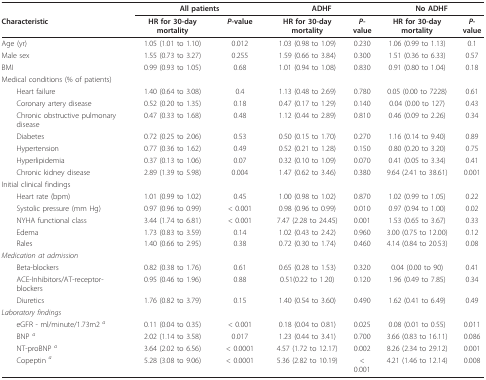
<table><thead><tr><td>[EMPTY_CELL]</td><td colspan="2"><b>All patients</b></td><td colspan="2"><b>ADHF</b></td><td colspan="2"><b>No ADHF</b></td></tr><tr><td><b>Characteristic</b></td><td><b>HR for 30-day mortality</b></td><td><b><i>P</i>-value</b></td><td><b>HR for 30-day mortality</b></td><td><b><i>P</i>-value</b></td><td><b>HR for 30-day mortality</b></td><td><b><i>P</i>-value</b></td></tr></thead><tbody><tr><td>Age (yr)</td><td>1.05 (1.01 to 1.10)</td><td>0.012</td><td>1.03 (0.98 to 1.09)</td><td>0.230</td><td>1.06 (0.99 to 1.13)</td><td>0.1</td></tr><tr><td>Male sex</td><td>1.55 (0.73 to 3.27)</td><td>0.255</td><td>1.59 (0.66 to 3.84)</td><td>0.300</td><td>1.51 (0.36 to 6.33)</td><td>0.57</td></tr><tr><td>BMI</td><td>0.99 (0.93 to 1.05)</td><td>0.68</td><td>1.01 (0.94 to 1.08)</td><td>0.830</td><td>0.91 (0.80 to 1.04)</td><td>0.18</td></tr><tr><td>Medical conditions (% of patients)</td><td>[EMPTY_CELL]</td><td>[EMPTY_CELL]</td><td>[EMPTY_CELL]</td><td>[EMPTY_CELL]</td><td>[EMPTY_CELL]</td><td>[EMPTY_CELL]</td></tr><tr><td> Heart failure</td><td>1.40 (0.64 to 3.08)</td><td>0.4</td><td>1.13 (0.48 to 2.69)</td><td>0.780</td><td>0.05 (0.00 to 7228)</td><td>0.61</td></tr><tr><td> Coronary artery disease</td><td>0.52 (0.20 to 1.35)</td><td>0.18</td><td>0.47 (0.17 to 1.29)</td><td>0.140</td><td>0.04 (0.00 to 127)</td><td>0.43</td></tr><tr><td> Chronic obstructive pulmonary disease</td><td>0.47 (0.33 to 1.68)</td><td>0.48</td><td>1.12 (0.44 to 2.89)</td><td>0.810</td><td>0.46 (0.09 to 2.26)</td><td>0.34</td></tr><tr><td> Diabetes</td><td>0.72 (0.25 to 2.06)</td><td>0.53</td><td>0.50 (0.15 to 1.70)</td><td>0.270</td><td>1.16 (0.14 to 9.40)</td><td>0.89</td></tr><tr><td> Hypertension</td><td>0.77 (0.36 to 1.62)</td><td>0.49</td><td>0.52 (0.21 to 1.28)</td><td>0.150</td><td>0.80 (0.20 to 3.20)</td><td>0.75</td></tr><tr><td> Hyperlipidemia</td><td>0.37 (0.13 to 1.06)</td><td>0.07</td><td>0.32 (0.10 to 1.09)</td><td>0.070</td><td>0.41 (0.05 to 3.34)</td><td>0.41</td></tr><tr><td> Chronic kidney disease</td><td>2.89 (1.39 to 5.98)</td><td>0.004</td><td>1.47 (0.62 to 3.46)</td><td>0.380</td><td>9.64 (2.41 to 38.61)</td><td>0.001</td></tr><tr><td>Initial clinical findings</td><td>[EMPTY_CELL]</td><td>[EMPTY_CELL]</td><td>[EMPTY_CELL]</td><td>[EMPTY_CELL]</td><td>[EMPTY_CELL]</td><td>[EMPTY_CELL]</td></tr><tr><td> Heart rate (bpm)</td><td>1.01 (0.99 to 1.02)</td><td>0.45</td><td>1.00 (0.98 to 1.02)</td><td>0.870</td><td>1.02 (0.99 to 1.05)</td><td>0.22</td></tr><tr><td> Systolic pressure (mm Hg)</td><td>0.97 (0.96 to 0.99)</td><td>&lt; 0.001</td><td>0.98 (0.96 to 0.99)</td><td>0.010</td><td>0.97 (0.94 to 1.00)</td><td>0.02</td></tr><tr><td> NYHA functional class</td><td>3.44 (1.74 to 6.81)</td><td>&lt; 0.001</td><td>7.47 (2.28 to 24.45)</td><td>0.001</td><td>1.53 (0.65 to 3.67)</td><td>0.33</td></tr><tr><td> Edema</td><td>1.73 (0.83 to 3.59)</td><td>0.14</td><td>1.02 (0.43 to 2.42)</td><td>0.960</td><td>3.00 (0.75 to 12.00)</td><td>0.12</td></tr><tr><td> Rales</td><td>1.40 (0.66 to 2.95)</td><td>0.38</td><td>0.72 (0.30 to 1.74)</td><td>0.460</td><td>4.14 (0.84 to 20.53)</td><td>0.08</td></tr><tr><td><i>Medication at admission</i></td><td>[EMPTY_CELL]</td><td>[EMPTY_CELL]</td><td>[EMPTY_CELL]</td><td>[EMPTY_CELL]</td><td>[EMPTY_CELL]</td><td>[EMPTY_CELL]</td></tr><tr><td> Beta-blockers</td><td>0.82 (0.38 to 1.76)</td><td>0.61</td><td>0.65 (0.28 to 1.53)</td><td>0.320</td><td>0.04 (0.00 to 90)</td><td>0.41</td></tr><tr><td> ACE-Inhibitors/AT-receptor-blockers</td><td>0.95 (0.46 to 1.96)</td><td>0.88</td><td>0.51(0.22 to 1.20)</td><td>0.120</td><td>1.96 (0.49 to 7.85)</td><td>0.34</td></tr><tr><td> Diuretics</td><td>1.76 (0.82 to 3.79)</td><td>0.15</td><td>1.40 (0.54 to 3.60)</td><td>0.490</td><td>1.62 (0.41 to 6.49)</td><td>0.49</td></tr><tr><td><i>Laboratory findings</i></td><td>[EMPTY_CELL]</td><td>[EMPTY_CELL]</td><td>[EMPTY_CELL]</td><td>[EMPTY_CELL]</td><td>[EMPTY_CELL]</td><td>[EMPTY_CELL]</td></tr><tr><td> eGFR - ml/minute/1.73m2 <i><sup>a</sup></i></td><td>0.11 (0.04 to 0.35)</td><td>&lt; 0.001</td><td>0.18 (0.04 to 0.81)</td><td>0.025</td><td>0.08 (0.01 to 0.55)</td><td>0.011</td></tr><tr><td> BNP <i><sup>a</sup></i></td><td>2.02 (1.14 to 3.58)</td><td>0.017</td><td>1.23 (0.44 to 3.41)</td><td>0.700</td><td>3.66 (0.83 to 16.11)</td><td>0.086</td></tr><tr><td> NT-proBNP <i><sup>a</sup></i></td><td>3.64 (2.02 to 6.56)</td><td>&lt; 0.0001</td><td>4.57 (1.72 to 12.17)</td><td>0.002</td><td>8.26 (2.34 to 29.12)</td><td>0.001</td></tr><tr><td> Copeptin <i><sup>a</sup></i></td><td>5.28 (3.08 to 9.06)</td><td>&lt; 0.0001</td><td>5.36 (2.82 to 10.19)</td><td>&lt; 0.001</td><td>4.21 (1.46 to 12.14)</td><td>0.008</td></tr></tbody></table>